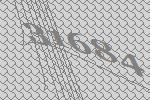
31684